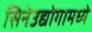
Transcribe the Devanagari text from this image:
सिनेउद्योगामध्ये